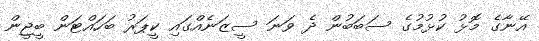
އޭނާގެ މޮޅު ކުޅުމުގެ ސަބަބުން ދެ ވަނަ ސީޒަނެއްގައި ކީޕަރު ބަހައްޓަން ބީޖީން